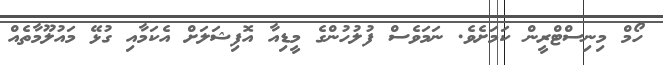
ހޯމް މިނިސްޓްރީން ކަމަށެވެ. ނަމަވެސް ފުލުހުންގެ މީޑިއާ އޮފިޝަލަށް އެކަމާއި ގުޅޭ މައުލޫމާތެއް